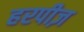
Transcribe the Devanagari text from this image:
हरपीज़